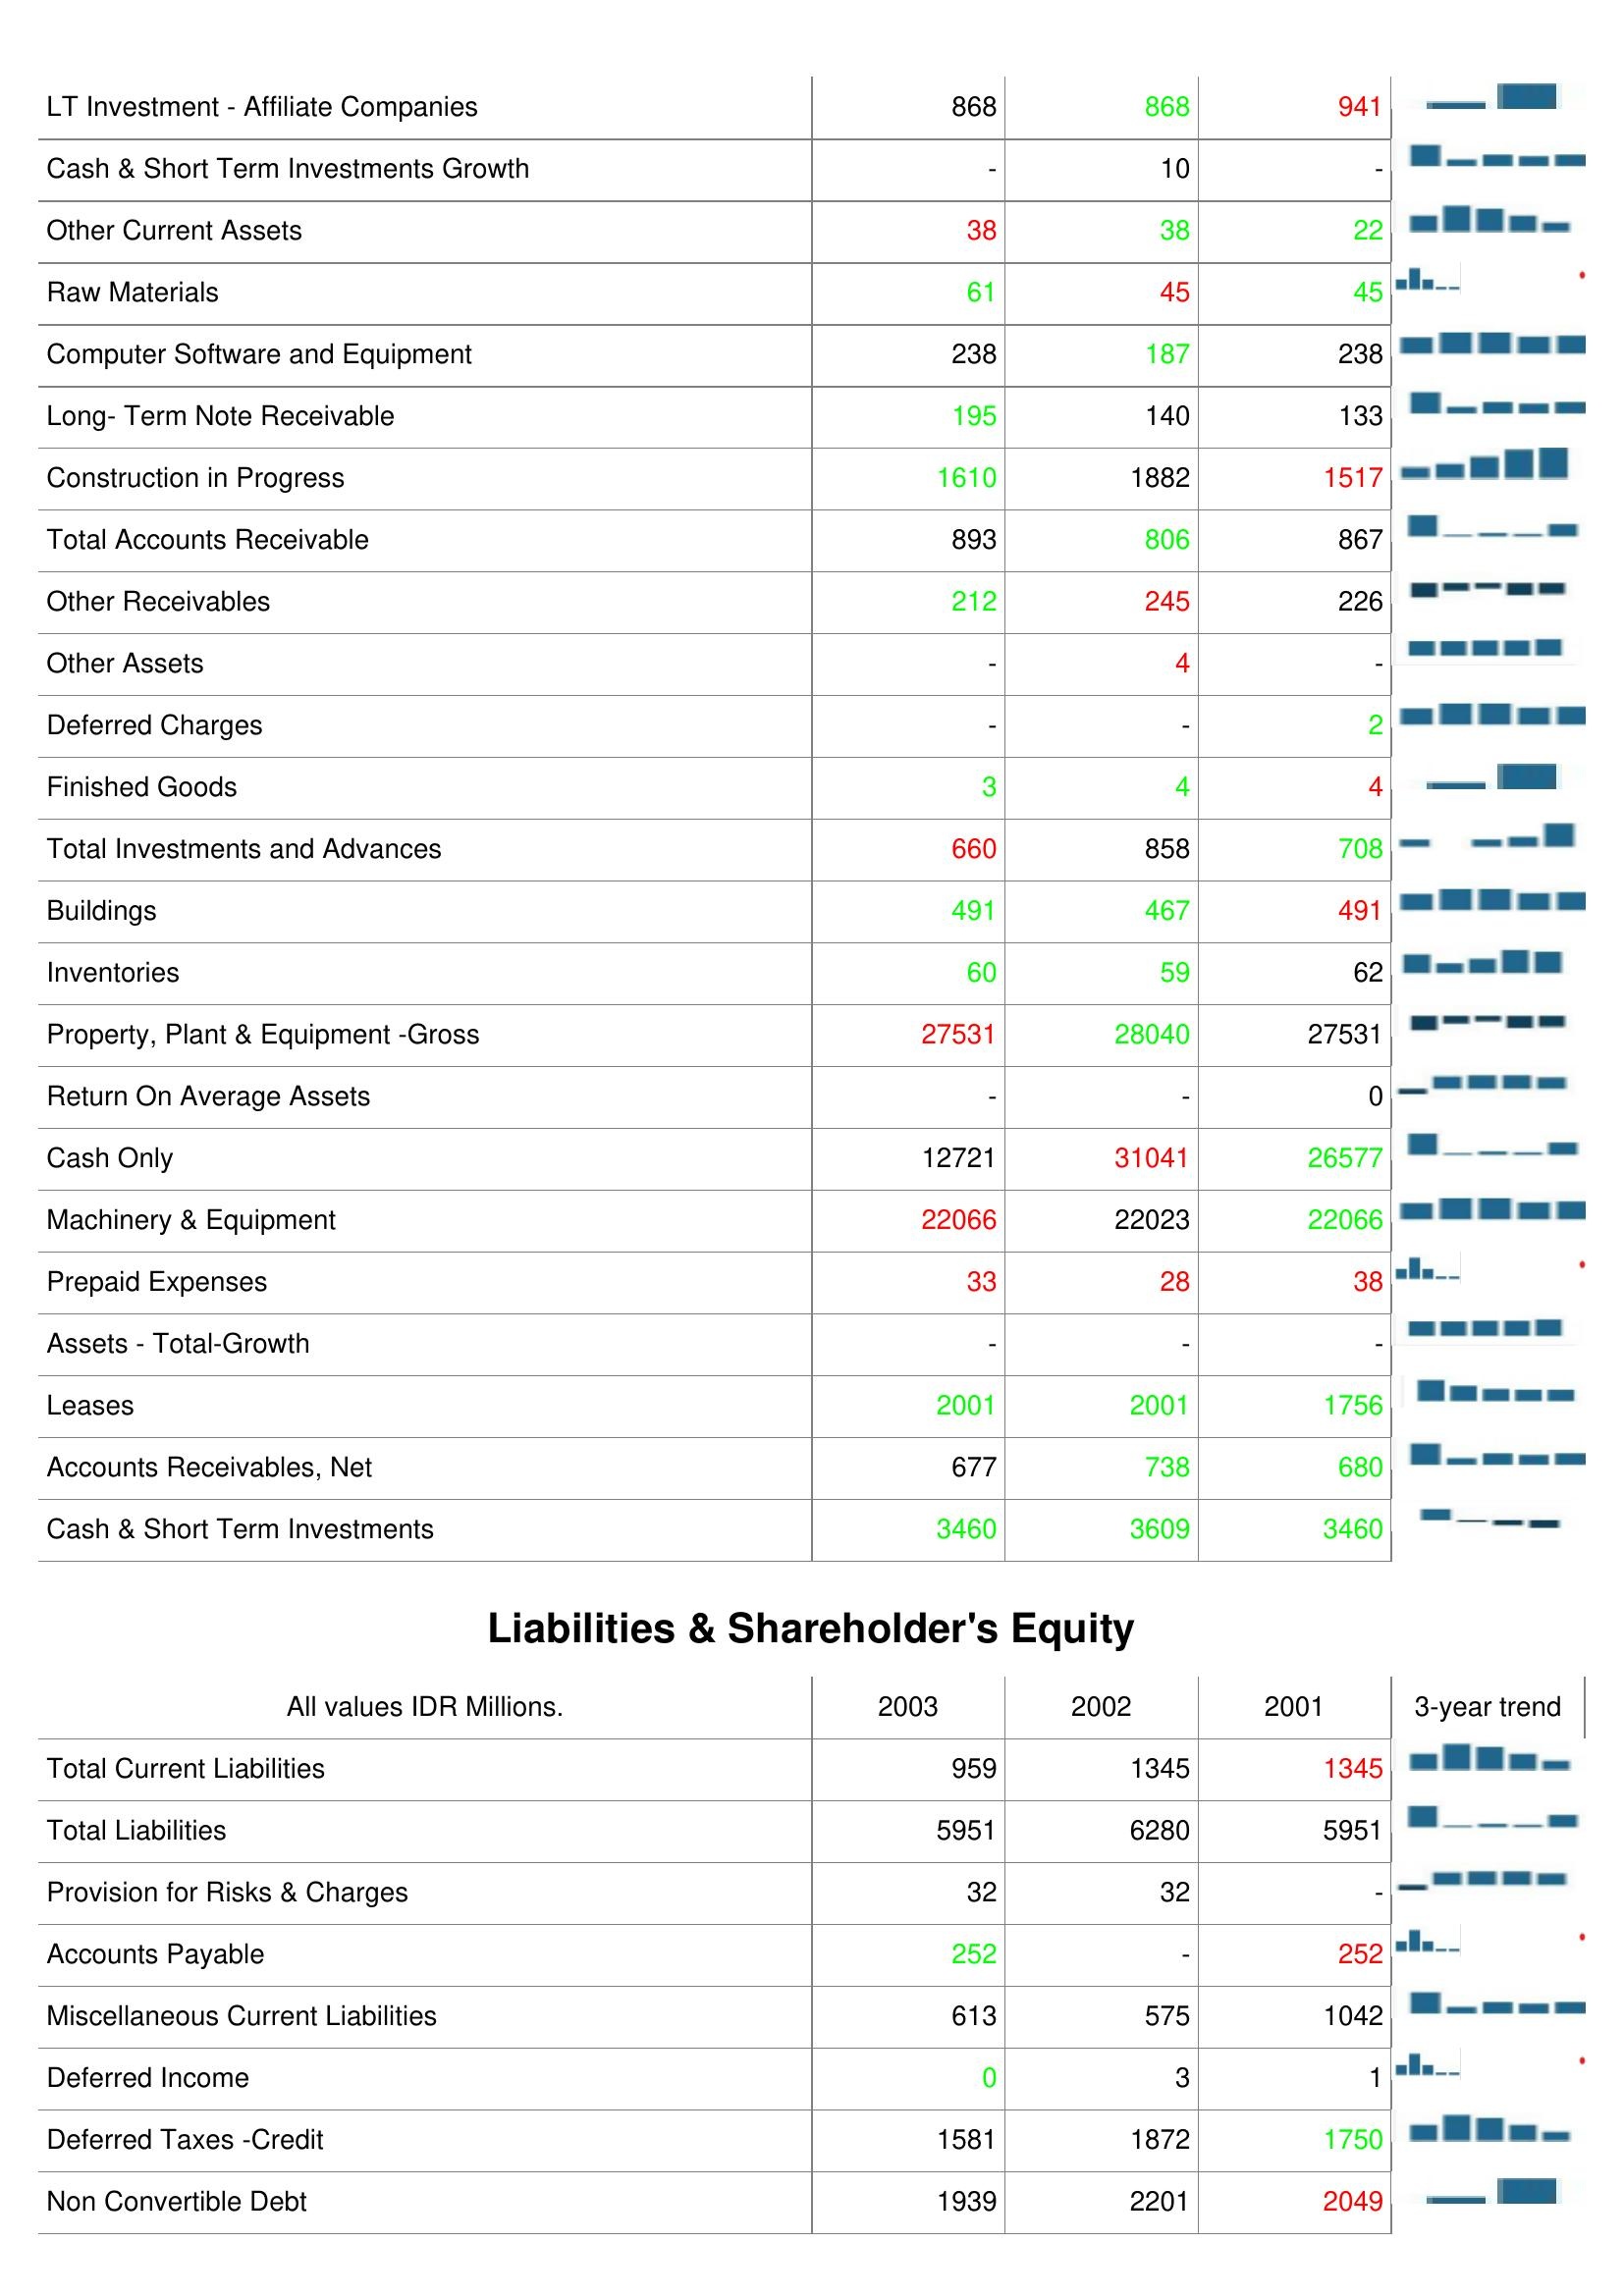
2003: Assets: LT Investment - Affiliate Companies: 868
Cash & Short Term Investments Growth: -
Other Current Assets: 38
Raw Materials: 61
Computer Software and Equipment: 238
Long- Term Note Receivable: 195
Construction in Progress: 1610
Total Accounts Receivable: 893
Other Receivables: 212
Other Assets: -
Deferred Charges: -
Finished Goods: 3
Total Investments and Advances: 660
Buildings: 491
Inventories: 60
Property, Plant & Equipment -Gross: 27531
Return On Average Assets: -
Cash Only: 12721
Machinery & Equipment: 22066
Prepaid Expenses: 33
Assets - Total-Growth: -
Leases: 2001
Accounts Receivables, Net: 677
Cash & Short Term Investments: 3460
Liabilities & Shareholder's Equity: Total Current Liabilities: 959
Total Liabilities: 5951
Provision for Risks & Charges: 32
Accounts Payable: 252
Miscellaneous Current Liabilities: 613
Deferred Income: 0
Deferred Taxes -Credit: 1581
Non Convertible Debt: 1939
2002: Assets: LT Investment - Affiliate Companies: 868
Cash & Short Term Investments Growth: 10
Other Current Assets: 38
Raw Materials: 45
Computer Software and Equipment: 187
Long- Term Note Receivable: 140
Construction in Progress: 1882
Total Accounts Receivable: 806
Other Receivables: 245
Other Assets: 4
Deferred Charges: -
Finished Goods: 4
Total Investments and Advances: 858
Buildings: 467
Inventories: 59
Property, Plant & Equipment -Gross: 28040
Return On Average Assets: -
Cash Only: 31041
Machinery & Equipment: 22023
Prepaid Expenses: 28
Assets - Total-Growth: -
Leases: 2001
Accounts Receivables, Net: 738
Cash & Short Term Investments: 3609
Liabilities & Shareholder's Equity: Total Current Liabilities: 1345
Total Liabilities: 6280
Provision for Risks & Charges: 32
Accounts Payable: -
Miscellaneous Current Liabilities: 575
Deferred Income: 3
Deferred Taxes -Credit: 1872
Non Convertible Debt: 2201
2001: Assets: LT Investment - Affiliate Companies: 941
Cash & Short Term Investments Growth: -
Other Current Assets: 22
Raw Materials: 45
Computer Software and Equipment: 238
Long- Term Note Receivable: 133
Construction in Progress: 1517
Total Accounts Receivable: 867
Other Receivables: 226
Other Assets: -
Deferred Charges: 2
Finished Goods: 4
Total Investments and Advances: 708
Buildings: 491
Inventories: 62
Property, Plant & Equipment -Gross: 27531
Return On Average Assets: 0
Cash Only: 26577
Machinery & Equipment: 22066
Prepaid Expenses: 38
Assets - Total-Growth: -
Leases: 1756
Accounts Receivables, Net: 680
Cash & Short Term Investments: 3460
Liabilities & Shareholder's Equity: Total Current Liabilities: 1345
Total Liabilities: 5951
Provision for Risks & Charges: -
Accounts Payable: 252
Miscellaneous Current Liabilities: 1042
Deferred Income: 1
Deferred Taxes -Credit: 1750
Non Convertible Debt: 2049